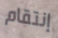
إنتقام